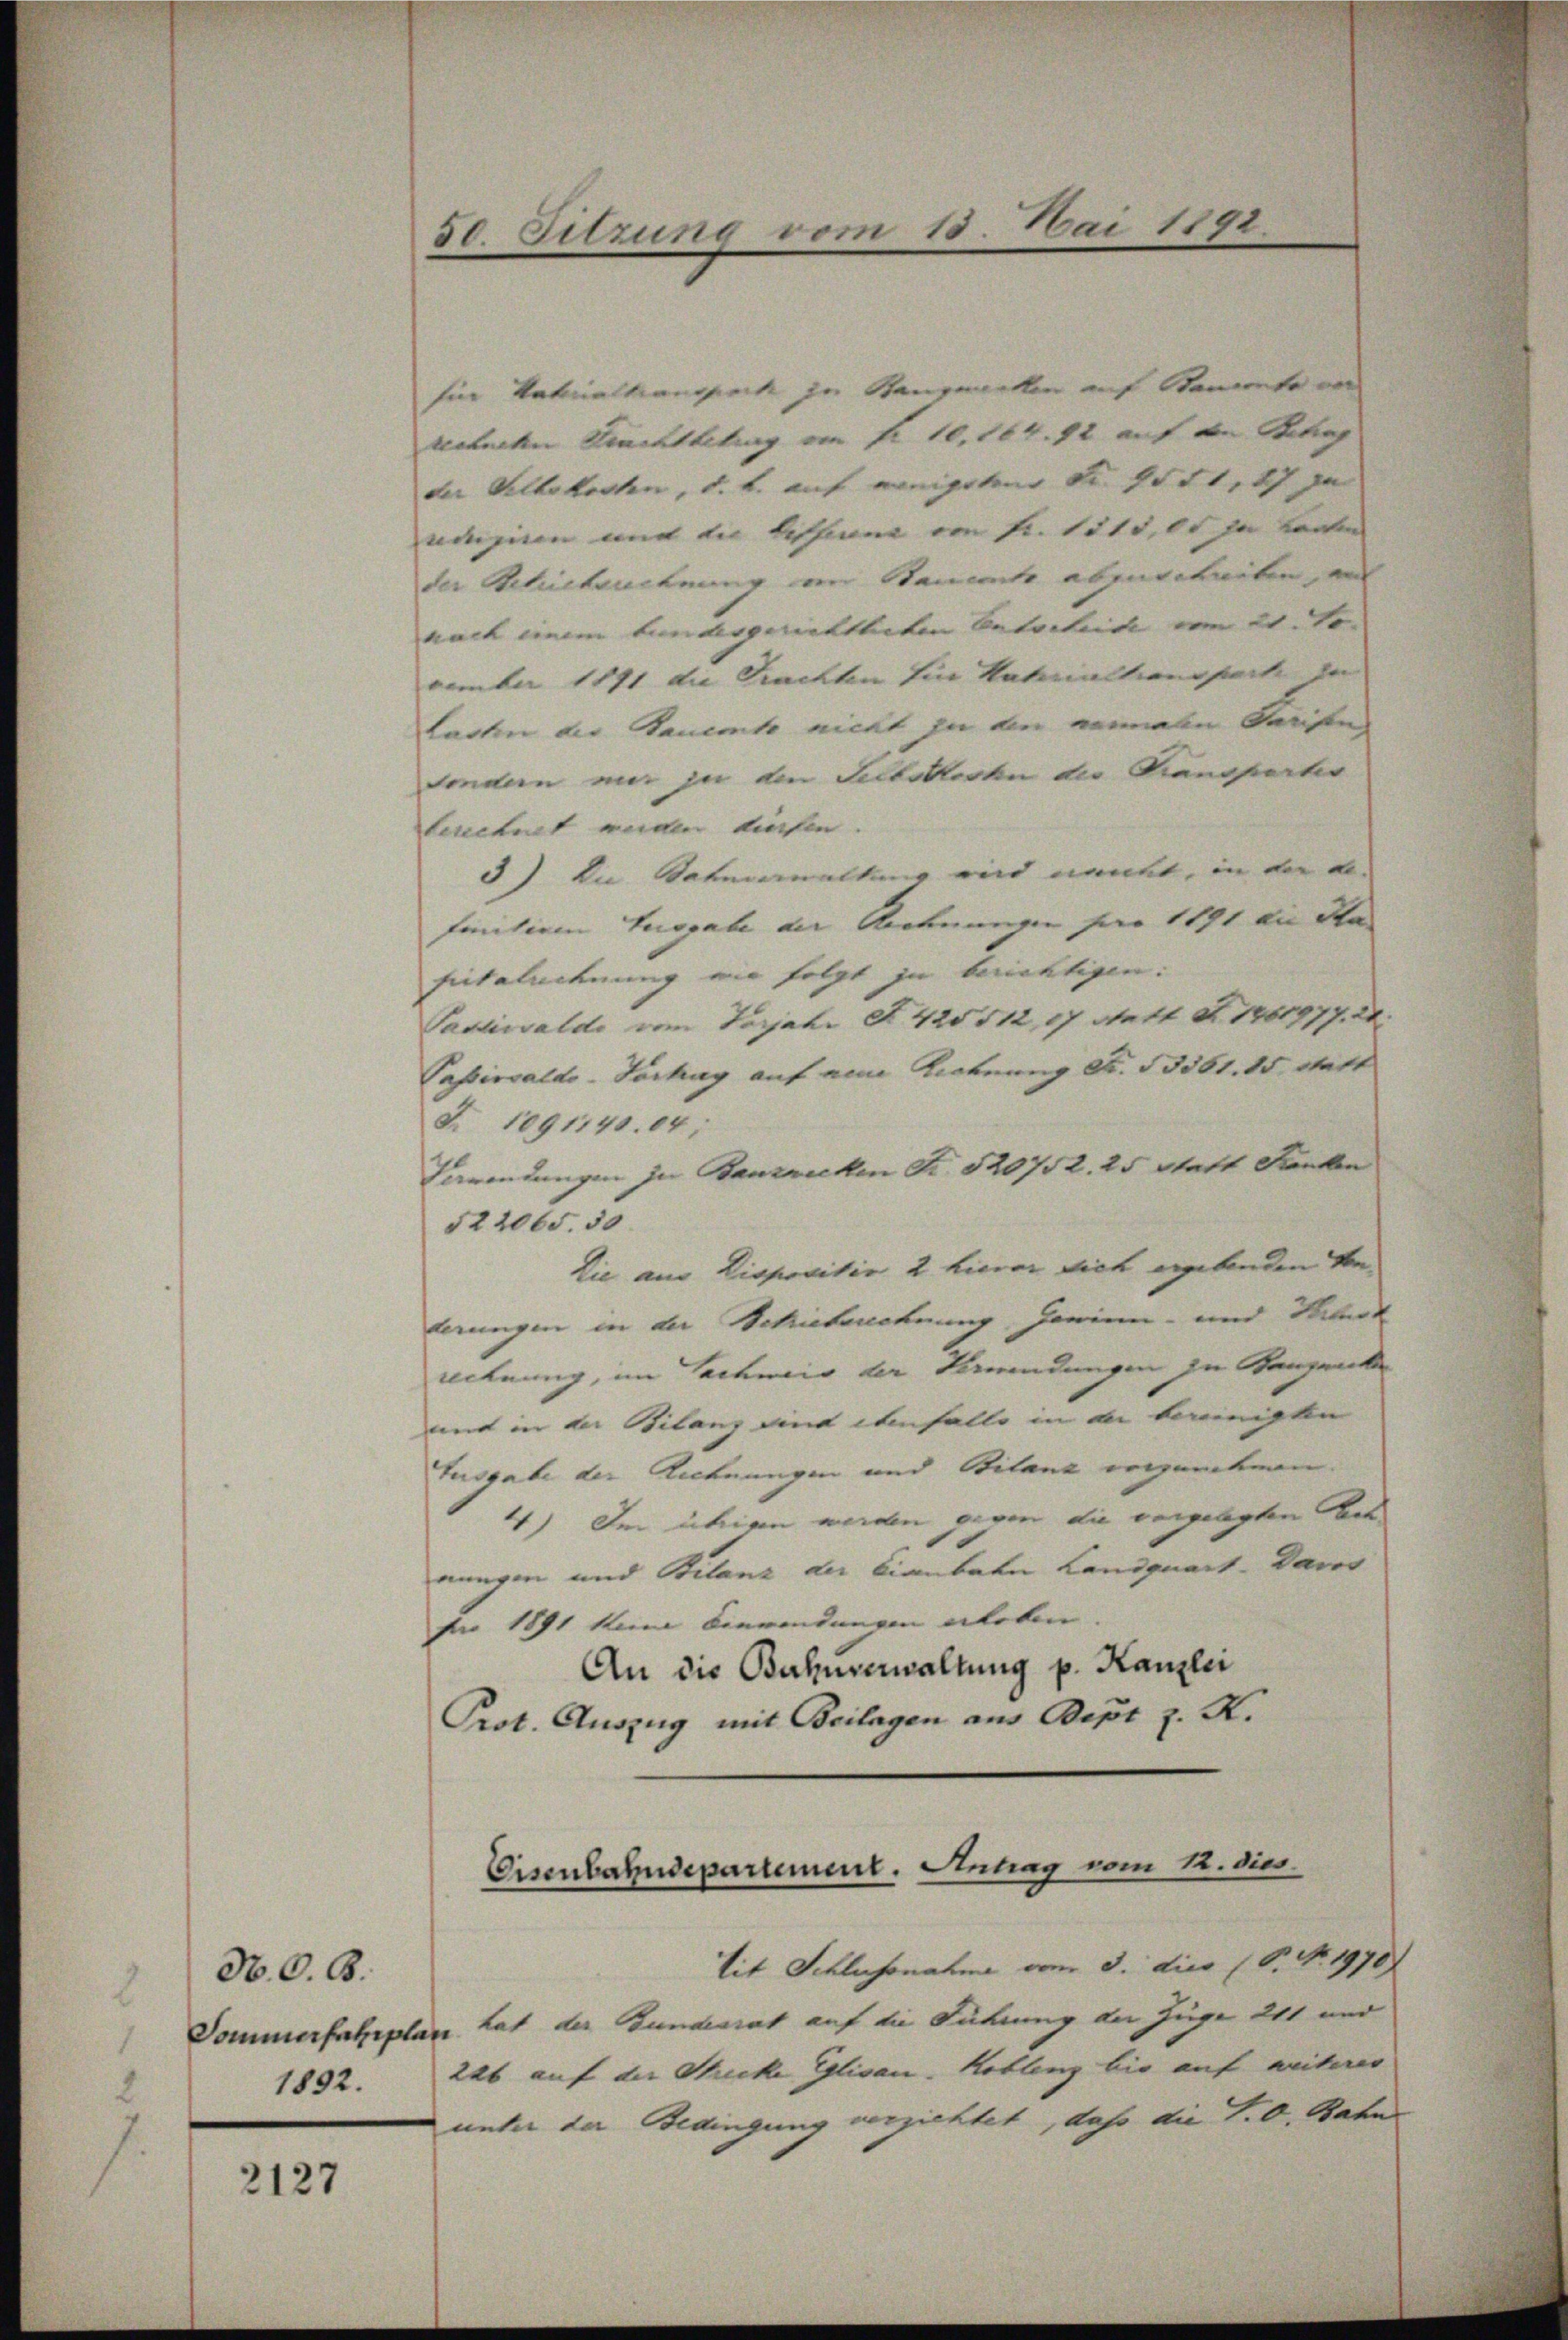
N. O. B.
1892.

2127

50 Sitzung vom 13. Mai 1892

für Vaterialtransport zu Stangeretten auf Staatento vor
venche Rechtbetrag am fr. 10, 164. 42 auf den Betrag
der Selbstossen, d. b. auf weigsten den Gott, ich je
edesiden mit die bishinne von Fr. 1815, 15 zu Loren
der Mittrechnung an Stammte abzuschreiben, au
nach einem Bundesgerichteiten Entscheite vom 21. Jo
vember 1871 die Prachten für Vaterialtionsparte zu
Lasten die Bauemte nicht zu bin meinen Parisen
sondern mir ja den Selbstlohn des Transporter
berechnet werden tiefen.
3) In Notenwaltung und wankt, in der a.
finition Ausgabe der Rechnungen für 1891 die Ha
Eichlechnung an folgt zu berichtigen.
Passiwalde vom Torjahr F. 425 512, 17 Statt F. 1701977. 24.
Passivsaldo-Tartag auf eine Krohnung Fr. 53361. 15. Statt
N 1091145. 64;
Barendungen zu Bauzwecken Fr. 520752. 25 statt Franken
522065. 50
Die aus Dispositir 2 hievor sich ergebenden von
terungen in der Schrieberechnung, gerinn- und Peterk
rechnung, im Sachmais der Verwendungen zu Kanzente
mi in der Bilanz mit ebenfalle in der bereinigten
Lusgabe der Rechnungen und Bilanz ergenehmen.
4.) Der übrigen werden gegen die vorgelegten Bes
nungen und Bilanz der bienbahn Landquart. Dars
für 1891 kam Bierendungen erleben
An die Bahnenwaltung p. Kanzlei
Prot. Auszug mit Beilagen aus Pepi z. K.
Eisenbahndepartement. Antrag vom 12. dies
tit Schlussnahme vom 3. dico (S. Nr. 1970)
Dommerfahrplan hat der Bundesrat auf die Führung der Juge 211 und
226 auf der Strecke Gglisau-Koblenz bis auf weiterer
unter der Bedingung verzichtet, daß die P. O. Bahn